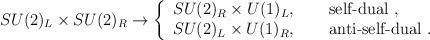
LaTeX: \begin{align*} SU(2)_L \times SU(2)_R \rightarrow \left \{ \begin{array}{l} SU(2)_R \times U(1)_L,\qquad \mbox{self-dual $\do$},\\ SU(2)_L \times U(1)_R, \qquad \mbox{anti-self-dual $\do$}.\end{array} \right.\end{align*}